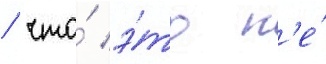
/ что́ э́то н'е́